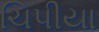
ચિપીયા